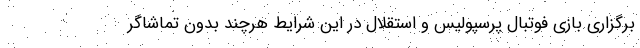
برگزاری بازی فوتبال پرسپولیس و استقلال در این شرایط هرچند بدون تماشاگر